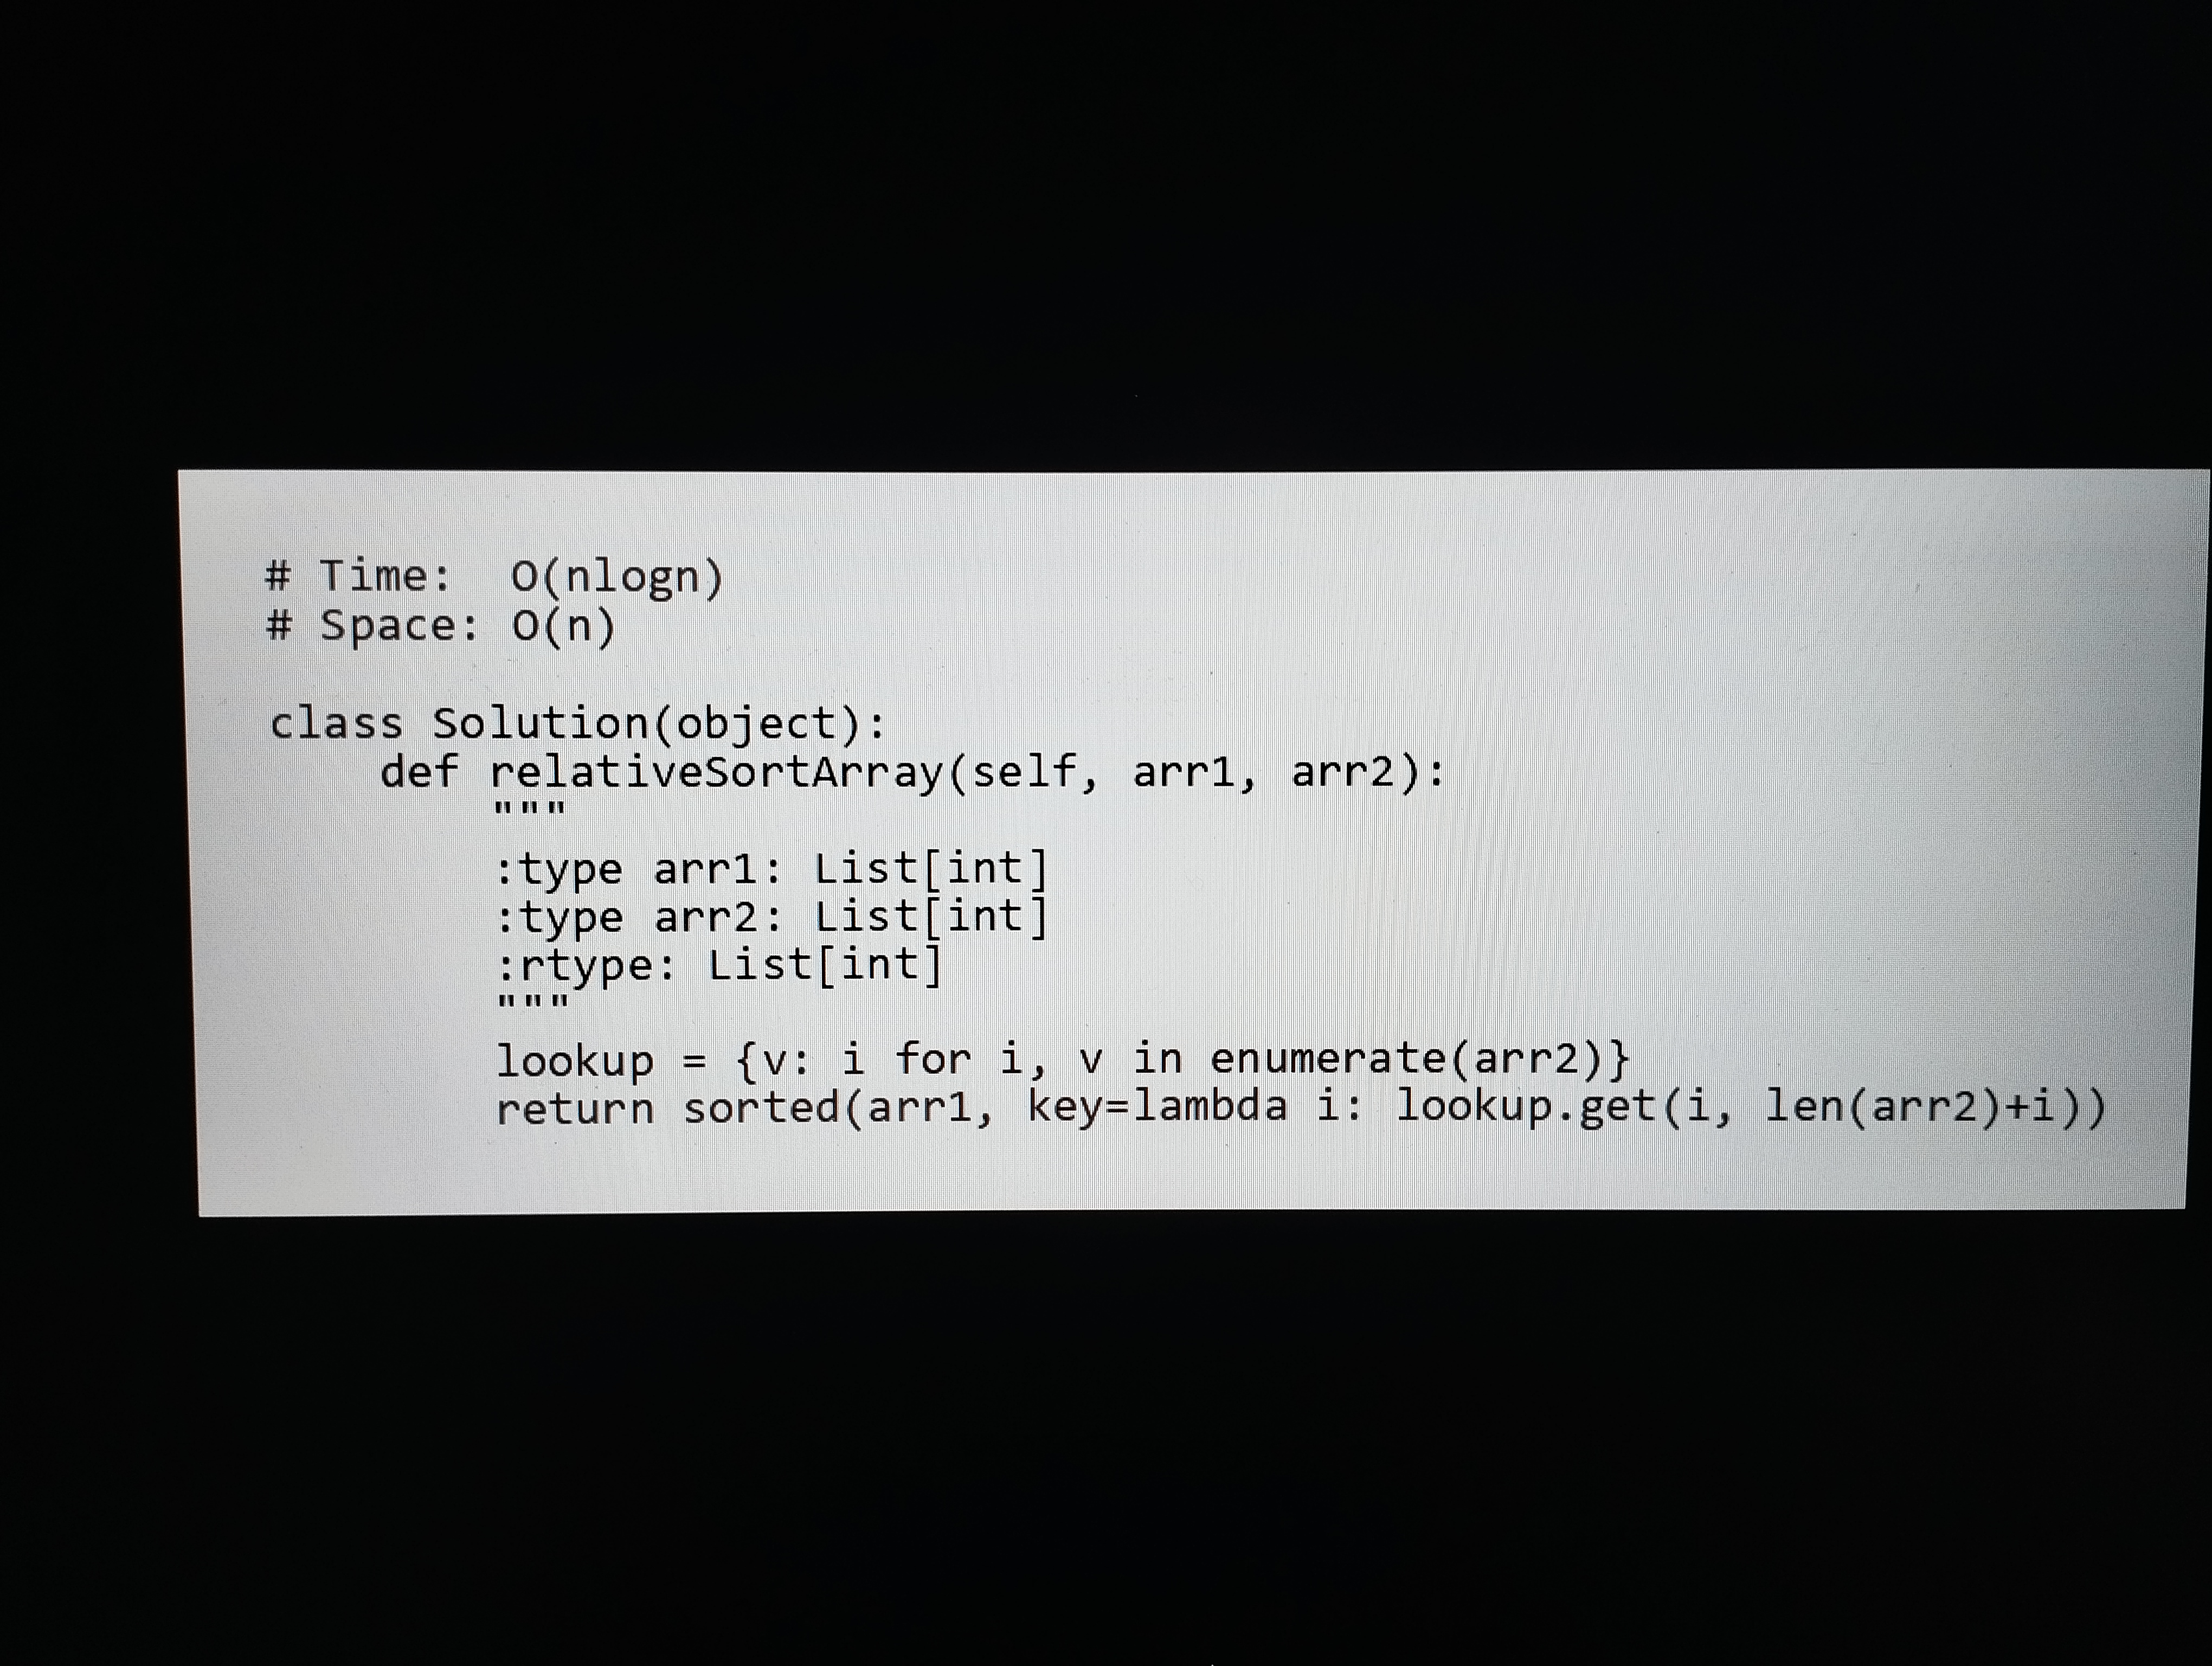
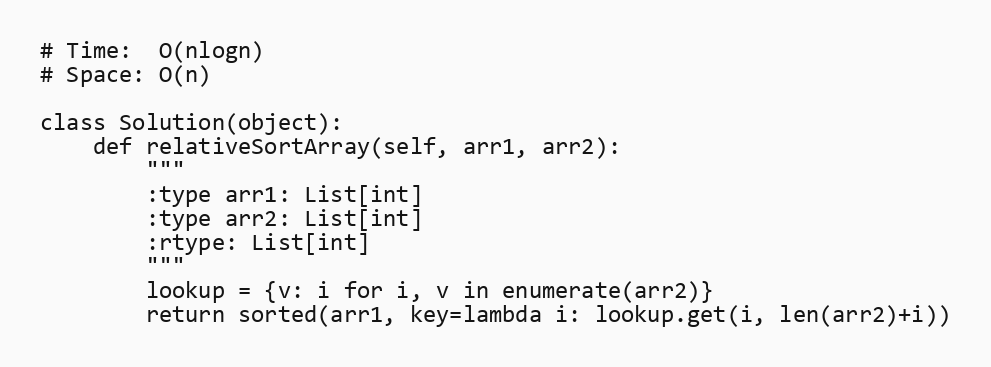
# Time:  O(nlogn)
# Space: O(n)

class Solution(object):
    def relativeSortArray(self, arr1, arr2):
        """
        :type arr1: List[int]
        :type arr2: List[int]
        :rtype: List[int]
        """
        lookup = {v: i for i, v in enumerate(arr2)}
        return sorted(arr1, key=lambda i: lookup.get(i, len(arr2)+i))